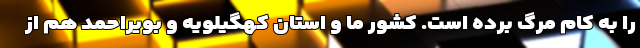
را به کام مرگ برده است. کشور ما و استان کهگیلویه و بویراحمد هم از